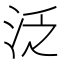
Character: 泛